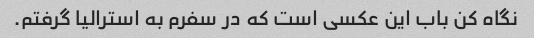
نگاه کن باب این عکسی است که در سفرم به استرالیا گرفتم.